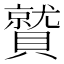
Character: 𮚦